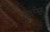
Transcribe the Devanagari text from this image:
टूगैदरनेस